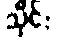
သိုင်း